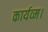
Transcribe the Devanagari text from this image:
कार्यव्म।